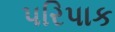
પરિપાક